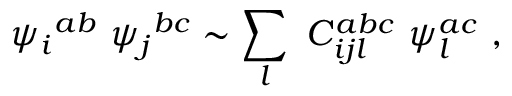
{ \psi _ { i } } ^ { a b } \ { \psi _ { j } } ^ { b c } \sim \sum _ { l } \ C _ { i j l } ^ { a b c } \ \psi _ { l } ^ { a c } \ ,